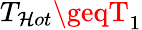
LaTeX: T_{\mathcal{H}ot}\geqT_{1}